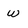
Character: w